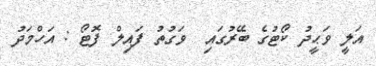
އަލީ ވަޙީދު ކޯޓުގެ ބޭރުގައި  ވަގުތު ފައިލް ފޮޓޯ : އަހްމަދު